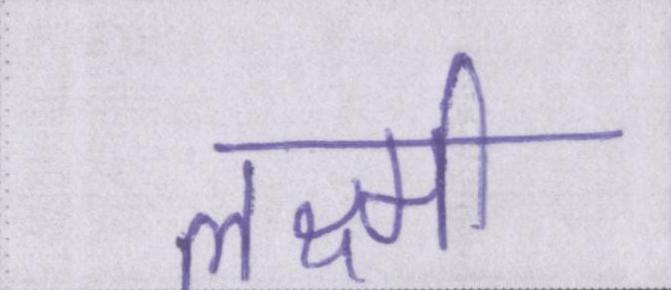
लक्ष्मी